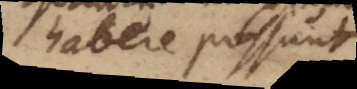
habere possunt